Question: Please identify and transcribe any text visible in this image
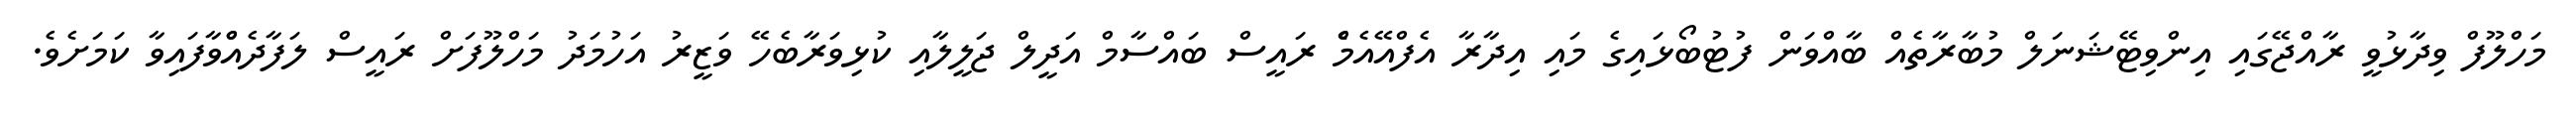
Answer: މަހްލޫފް ވިދާޅުވީ ރާއްޖޭގައި އިންވިޓޭޝަނަލް މުބާރާތެއް ބާއްވަން ފުޓުބޯޅައިގެ މައި އިދާރާ އެފްއޭއެމްެ ރައީސް ބައްސާމް އަދީލް ޖަލީލާއި ކުޅިވަރާބެހޭ ވަޒީރު އަހުމަދު މަހްލޫފަށް ރައީސް ލަފާދެއްްވާފައިވާ ކަމަށެވެ.